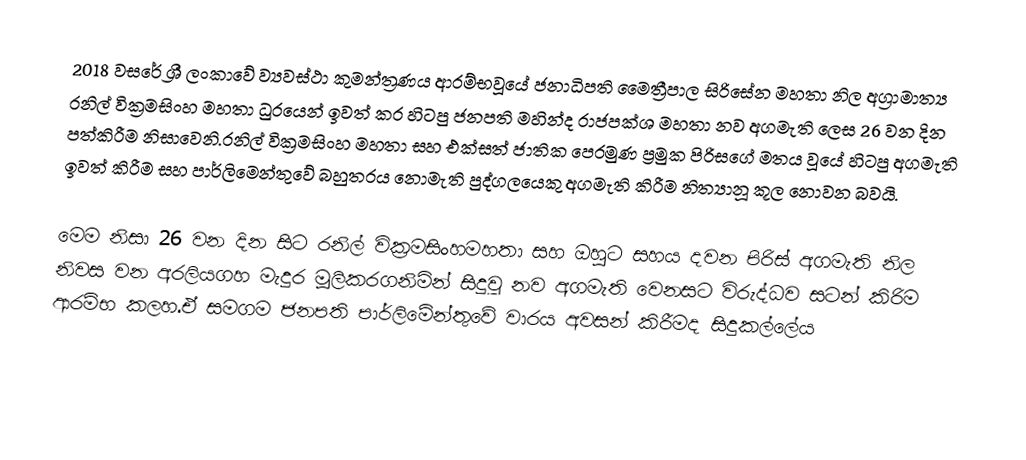
2018 වසරේ ශ්‍රී ලංකාවේ ව්‍යවස්ථා කුමන්ත්‍රණය ආරම්භවූයේ ජනාධිපති මෛත්‍රීපාල සිරිසේන මහතා නිල අග්‍රාමාත්‍ය රනිල් වික්‍රමසිංහ මහතා ධුරයෙන් ඉවත් කර  හිටපු ජනපති මහින්ද රාජපක්ශ මහතා නව අගමැති ලෙස 26 වන දින පත්කිරීම නිසාවෙනි.රනිල් වික්‍රමසිංහ මහතා සහ එක්සත් ජාතික පෙරමුණ ප්‍රමුක පිරිසගේ මතය වූයේ හිටපු අගමැති ඉවත් කිරීම සහ පාර්ලිමෙන්තුවේ බහුතරය නොමැති පුද්ගලයෙකු අගමැති කිරීම නිත්‍යානූ කූල  නොවන බවයි.

මෙම නිසා 26 වන දින සිට රනිල් වික්‍රමසිංහමහතා සහ ඔහුට සහය දවන පිරිස් අගමැති නිල නිවස වන  අරලියගහ මැදුර මූලිකරගනිමින් සිදුවූ නව අගමැති වෙනසට විරුද්ධව සටන් කිරිම ආරම්භ කලහ.ඒ සමගම ජනපති පාර්ලිමේන්තුවේ වාරය අවසන් කිරීමද සිදුකල්ලේය